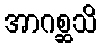
အာဂစ္ဆသိ